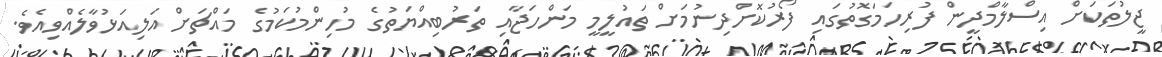
ޖީލުތަކަށް އިސްލާމްދީން ފުރިހަމަގޮތުގައި ފޯރުކޮށްދިނުމަށް ތައުލީމީ މަންހަޖާއި ތަރުބިއްޔަތުގެ މުހިންމުކަމުގެ މައްޗަށް އަލިއަޅުވާލެއްވިއެވެ.